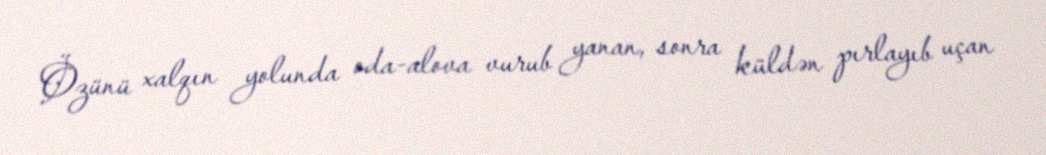
Özünü xalqın yolunda oda-alova vurub yanan, sonra küldən pırlayıb uçan